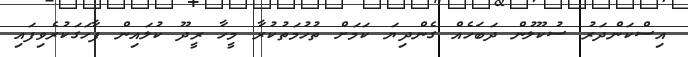
އިސްކަންދަރު ސުކޫލުން ދަބަހެއް ގެންދިޔަ ކަމަށް ތުހުމަތުކުރާ މީހާ ރީދޫ ކުލައިން ފާހަަގަކުރެވިފައި